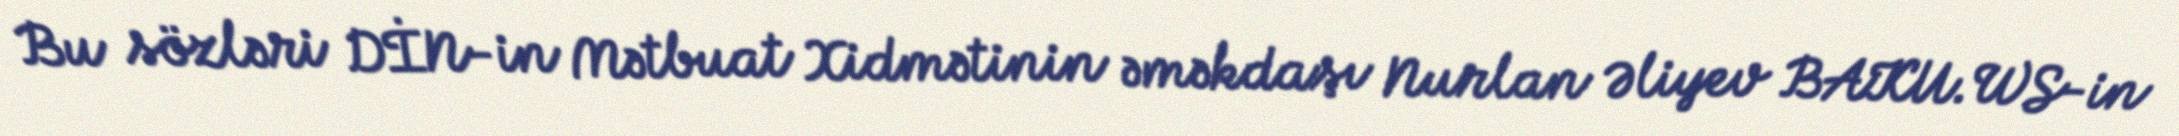
Bu sözləri DİN-in Mətbuat Xidmətinin əməkdaşı Nurlan Əliyev BAKU.WS-in